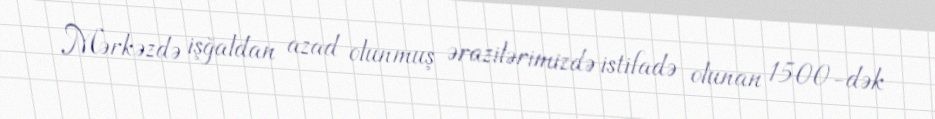
Mərkəzdə işğaldan azad olunmuş ərazilərimizdə istifadə olunan 1500-dək